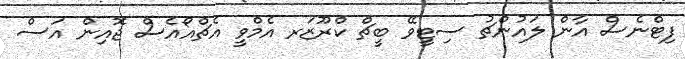
ފިޓްނެސް އާން ލައުންޗު ސިޓީވޭ ބީޗް ކްރޫޒަރ އެމްވީ އެޗްއޯއެސް ޖޮއިން އަސް